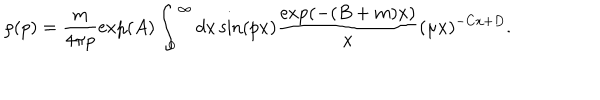
LaTeX: \rho ( p ) = \frac { m } { 4 \pi p } \exp ( A ) \int _ { 0 } ^ { \infty } d x \sin ( p x ) \frac { \exp ( - ( B + m ) x ) } { x } ( \mu x ) ^ { - C x + D } .